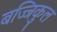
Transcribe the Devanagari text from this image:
बज्जिकुल